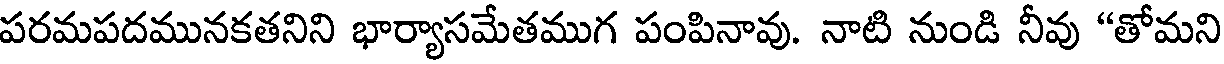
పరమపదమునకతనిని భార్యాసమేతముగ పంపినావు. నాటి నుండి నీవు "తోమని